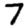
Digit: 7